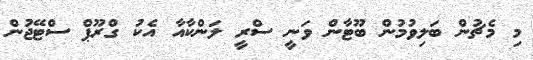
މި މެޗުން ބަލިވުމުން ބޫޓާން ވަނީ ސްރީ ލަންކާއާ އެކު ގްރޫޕް ސްޓޭޖުން